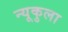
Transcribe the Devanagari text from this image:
न्यूकुला